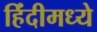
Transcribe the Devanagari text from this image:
हिंंदीमध्ये